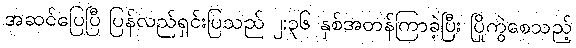
အဆင်ပြေပြီ ပြန်လည်ရှင်းပြသည် ၂:၃၆ နှစ်အတန်ကြာခဲ့ပြီး ပြိုကွဲစေသည့်